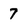
Character: 7